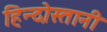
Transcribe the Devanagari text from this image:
हिन्दोस्तानी